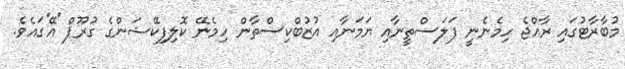
މުބާރާޓުގައި ރާއްޖެ ހިމެނެނީ ފަލަސްތީނާއި ޔަމަނާއި އުޒުބްކިސްތާން ހިމެނޭ ކޮލިފިކޭޝަންގެ ގުރޫޕް 'އޭ'ގައެވެ.